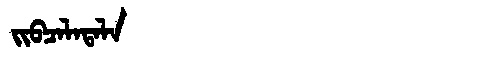
Manchu: ᠵᡳᠪᠴᠠᠯᠠᡨᠠᠯᠠ
Romanization: JIBCALATALA